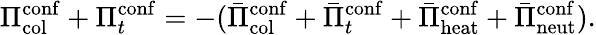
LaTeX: \Pi_{\mathrm{col}}^{\mathrm{conf}}+\Pi_{t}^{\mathrm{conf}}=-(\bar{\Pi}_{\mathrm{col}}^{\mathrm{conf}}+\bar{\Pi}_{t}^{\mathrm{conf}}+\bar{\Pi}_{\mathrm{heat}}^{\mathrm{conf}}+\bar{\Pi}_{\mathrm{neut}}^{\mathrm{conf}}).